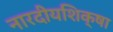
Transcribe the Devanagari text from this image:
नारदीयशिक्षा